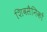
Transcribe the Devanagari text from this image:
शिवसैनिकों